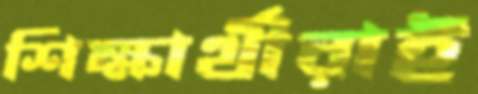
শিক্ষার্থীরাই